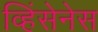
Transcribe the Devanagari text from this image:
व्हिंसेनेस